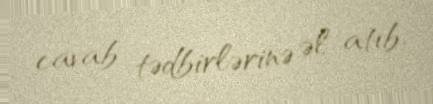
cavab tədbirlərinə əl atıb.